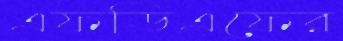
এফডিএফের